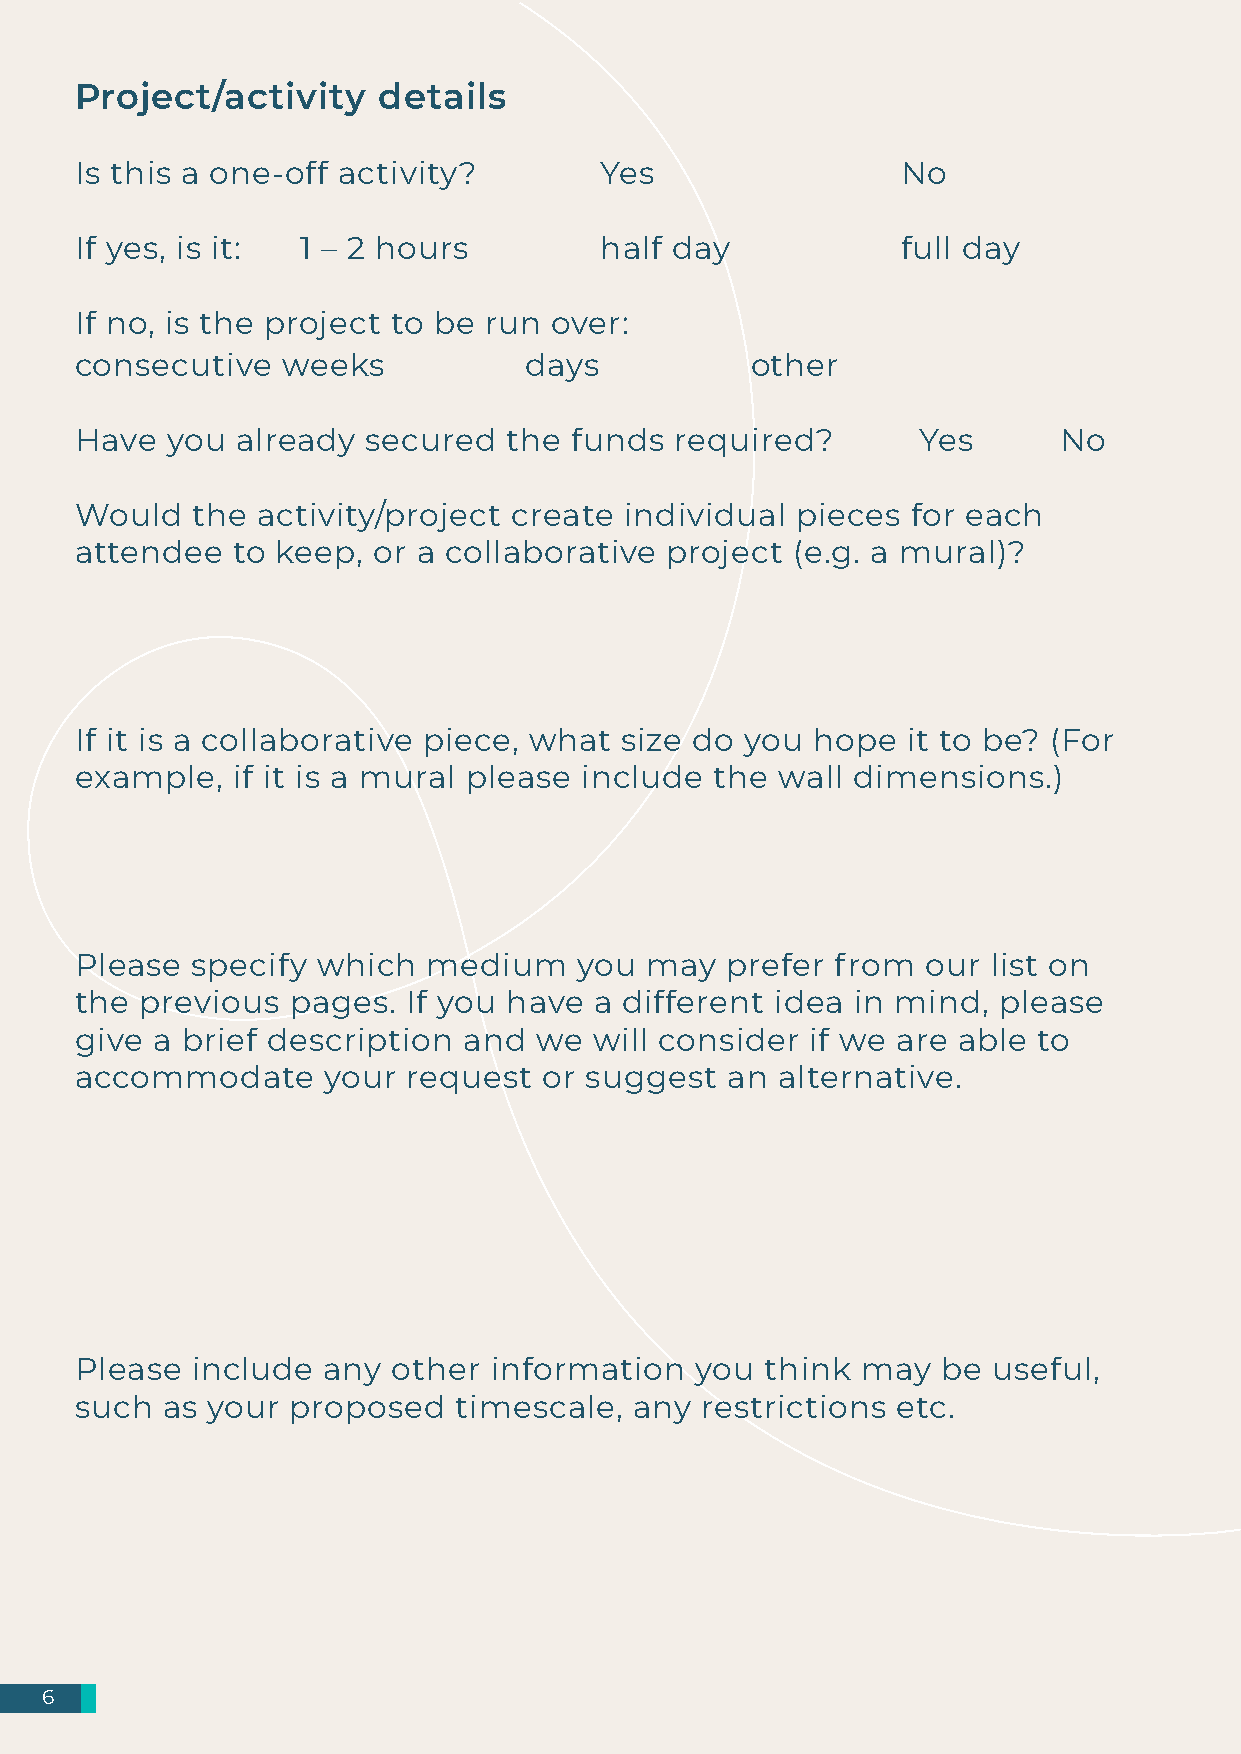
Project/activity    details
 Is this a one-off activity?        Yes                 No
 If yes, is it: 1 – 2 hours         half day            full day
 If no, is the project to be run over:
 consecutive   weeks           days          other
 Have  you  already secured   the funds  required?       Yes      No
 Would   the activity/project create individual  pieces for each
 attendee  to keep,  or a collaborative project (e.g. a mural)?
 If it is a collaborative piece, what size do you hope  it to be? (For
 example,  if it is a mural please include the wall dimensions.)
 Please  specify which  medium    you  may  prefer from  our  list on
 the previous  pages.  If you have a different idea in mind,  please
 give a brief description  and we  will consider  if we are able to
 accommodate     your  request  or suggest  an alternative.
 Please  include any  other information   you  think may  be  useful,
 such  as your proposed   timescale,  any restrictions etc.
 6